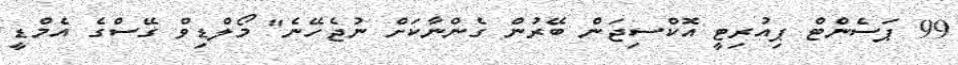
99 ޕަސެންޓް ޕިއުރިޓީ އޮކްސިޖަން ބޭރުން ގެންނާކަށް ނުޖެހޭނެ" މޯލްޑިވް ގޭސްގެ އެމްޑީ